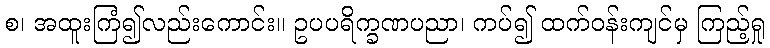
စ၊ အထူးကြံ၍လည်းကောင်း။ ဥပပရိက္ခဏပညာ၊ ကပ်၍ ထက်ဝန်းကျင်မှ ကြည့်ရှု